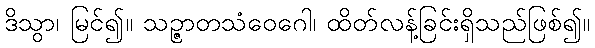
ဒိသွာ၊ မြင်၍။ သဉ္ဇာတသံဝေဂေါ၊ ထိတ်လန့်ခြင်းရှိသည်ဖြစ်၍။